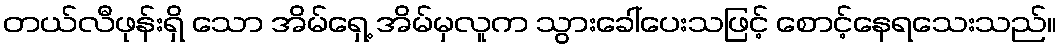
တယ်လီဖုန်းရှိ သော အိမ်ရှေ့ အိမ်မှလူက သွားခေါ်ပေးသဖြင့် စောင့်နေရသေးသည်။